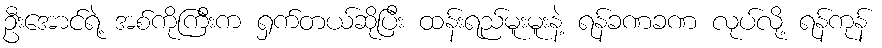
ဦးအောင်ရဲ့ အစ်ကိုကြီးက ရှက်တယ်ဆိုပြီး ထန်းရည်မူးမူးနဲ့ ရန်ခဏခဏ လုပ်လို့ ရန်ကုန်